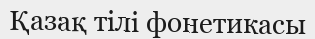
Қазақ тілі фонетикасы